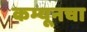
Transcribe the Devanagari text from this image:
कम्यूनचा